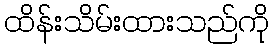
ထိန်းသိမ်းထားသည်ကို